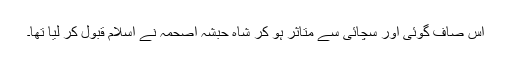
اس صاف گوئی اور سچائی سے متاثر ہو کر شاہِ حبشہ اصحمہؓ نے اسلام قبول کر لیا تھا۔